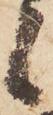
候